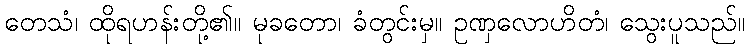
တေသံ၊ ထိုရဟန်းတို့၏။ မုခတော၊ ခံတွင်းမှ။ ဥဏှလောဟိတံ၊ သွေးပူသည်။